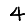
Digit: 4